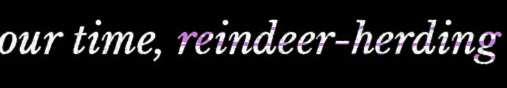
our time, reindeer-herding